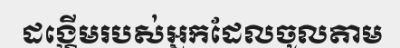
ដង្ហើមរបស់អ្នកដែលចូលតាម